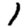
Digit: 1